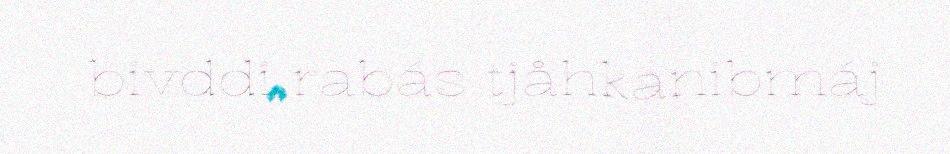
bivddi rabás tjåhkanibmáj